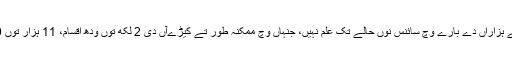
زیادہ تر اصناف ایسیاں نیں جو صرف نیو گنی ہی وچ پائیاں جاندیاں نیں، تے ہزاراں دے بارے وچ سائنس نوں حالے تک علم نہیں، جنہاں وچ ممکنہ طور تے کیڑےآں دی 2 لکھ توں ودھ اقسام، 11 ہزار توں 20 ہزار پودےآں دیاں قسماں 650 توں ودھ پرندےآں دیاں قسماں شامل نیں۔